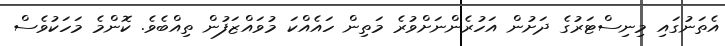
އެތަނުގައި މިނިސްޓަރުގެ ދަށުން އަހުރެންނަށްވުރެ މަތިން ހައެއްކަ މުވައްޒަފުން ތިއްބެވެ. ކޮންމެ މަހަކުވެސް